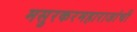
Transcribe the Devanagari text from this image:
मसुरकरमहाराजांची